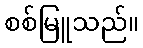
စစ်မြူသည်။